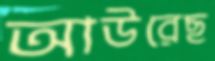
আউরেছ